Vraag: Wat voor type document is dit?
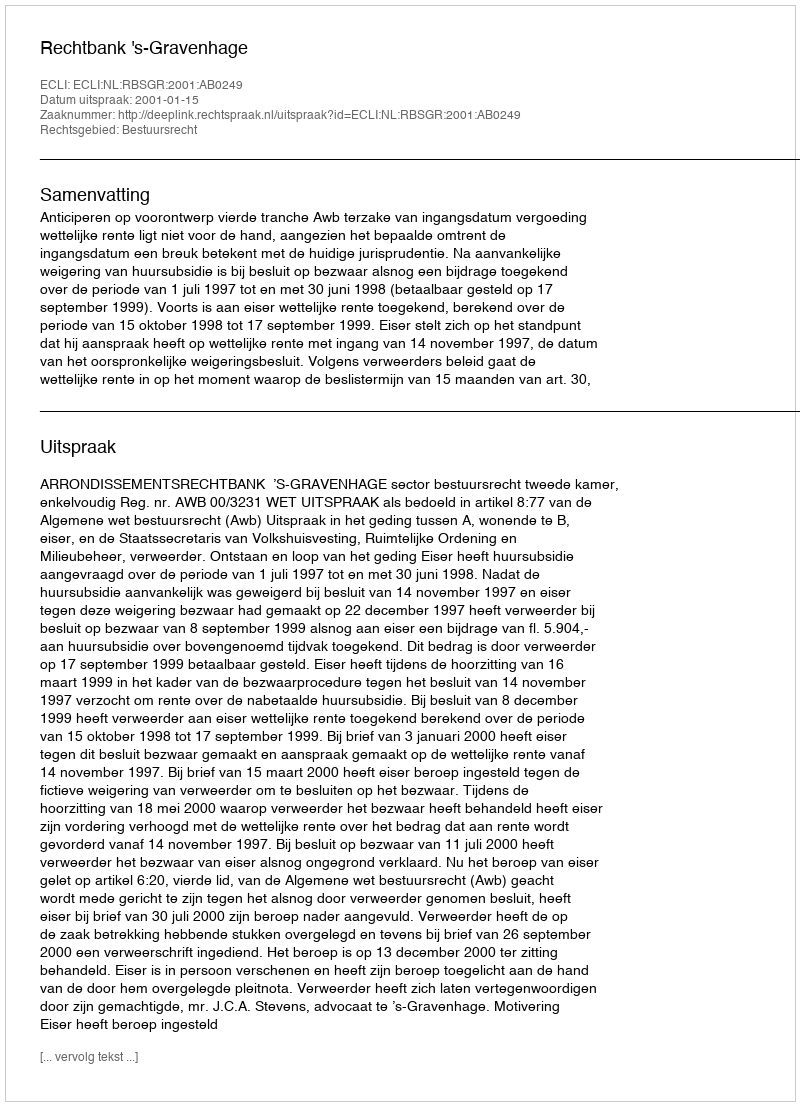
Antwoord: Uitspraak